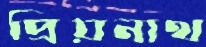
প্রিয়নাথ